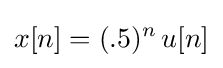
x[n]=(.5)^{n}\,u[n]